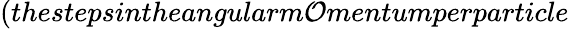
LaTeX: (thestepsintheangularm\mathcal{O}mentumperparticle